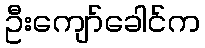
ဦးကျော်ခေါင်က